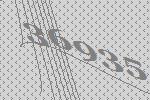
36935